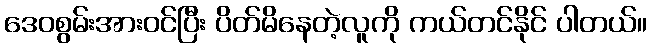
ဒေဝစွမ်းအားဝင်ပြီး ပိတ်မိနေတဲ့လူကို ကယ်တင်နိုင် ပါတယ်။